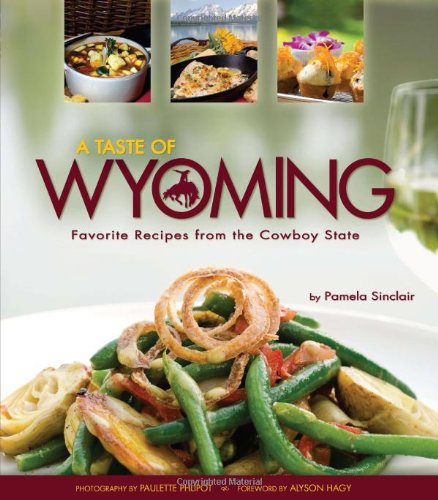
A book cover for A Taste of Wyoming: Favorite Recipes from the Cowboy State; Pamela Sinclair; Cookbooks, Food & Wine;